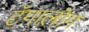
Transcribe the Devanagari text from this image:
टॅगालॉग